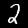
Digit: 2